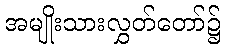
အမျိုးသားလွှတ်တော်၌